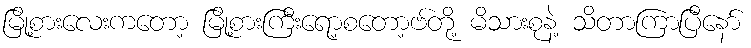
မြို့စားလေးကတော့ မြို့စားကြီးရော့စတော့ဗ်တို့ မိသားစုနဲ့ သိတာကြာပြီနော်